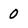
Character: 0